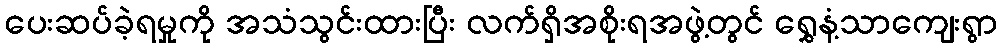
ပေးဆပ်ခဲ့ရမှုကို အသံသွင်းထားပြီး လက်ရှိအစိုးရအဖွဲ့တွင် ရွှေနံ့သာကျေးရွာ